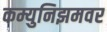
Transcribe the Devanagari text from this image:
कम्युनिझमवर